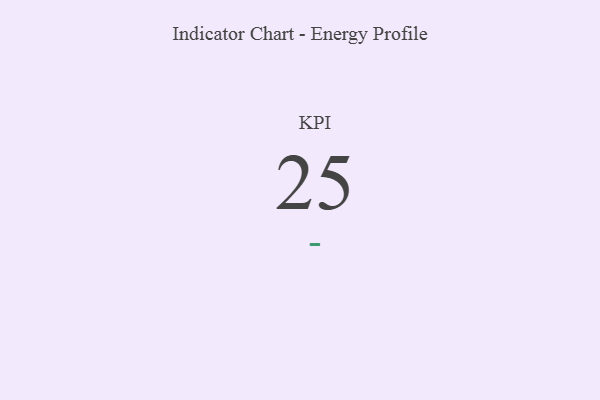
{"axis": {"x": "KPI", "y": "Value"}, "legend": [""], "data": [{"x": "KPI", "y": 25, "type": ""}]}